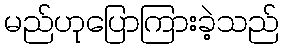
မည်ဟုပြောကြားခဲ့သည်